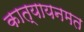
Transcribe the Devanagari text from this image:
कात्यायनमत